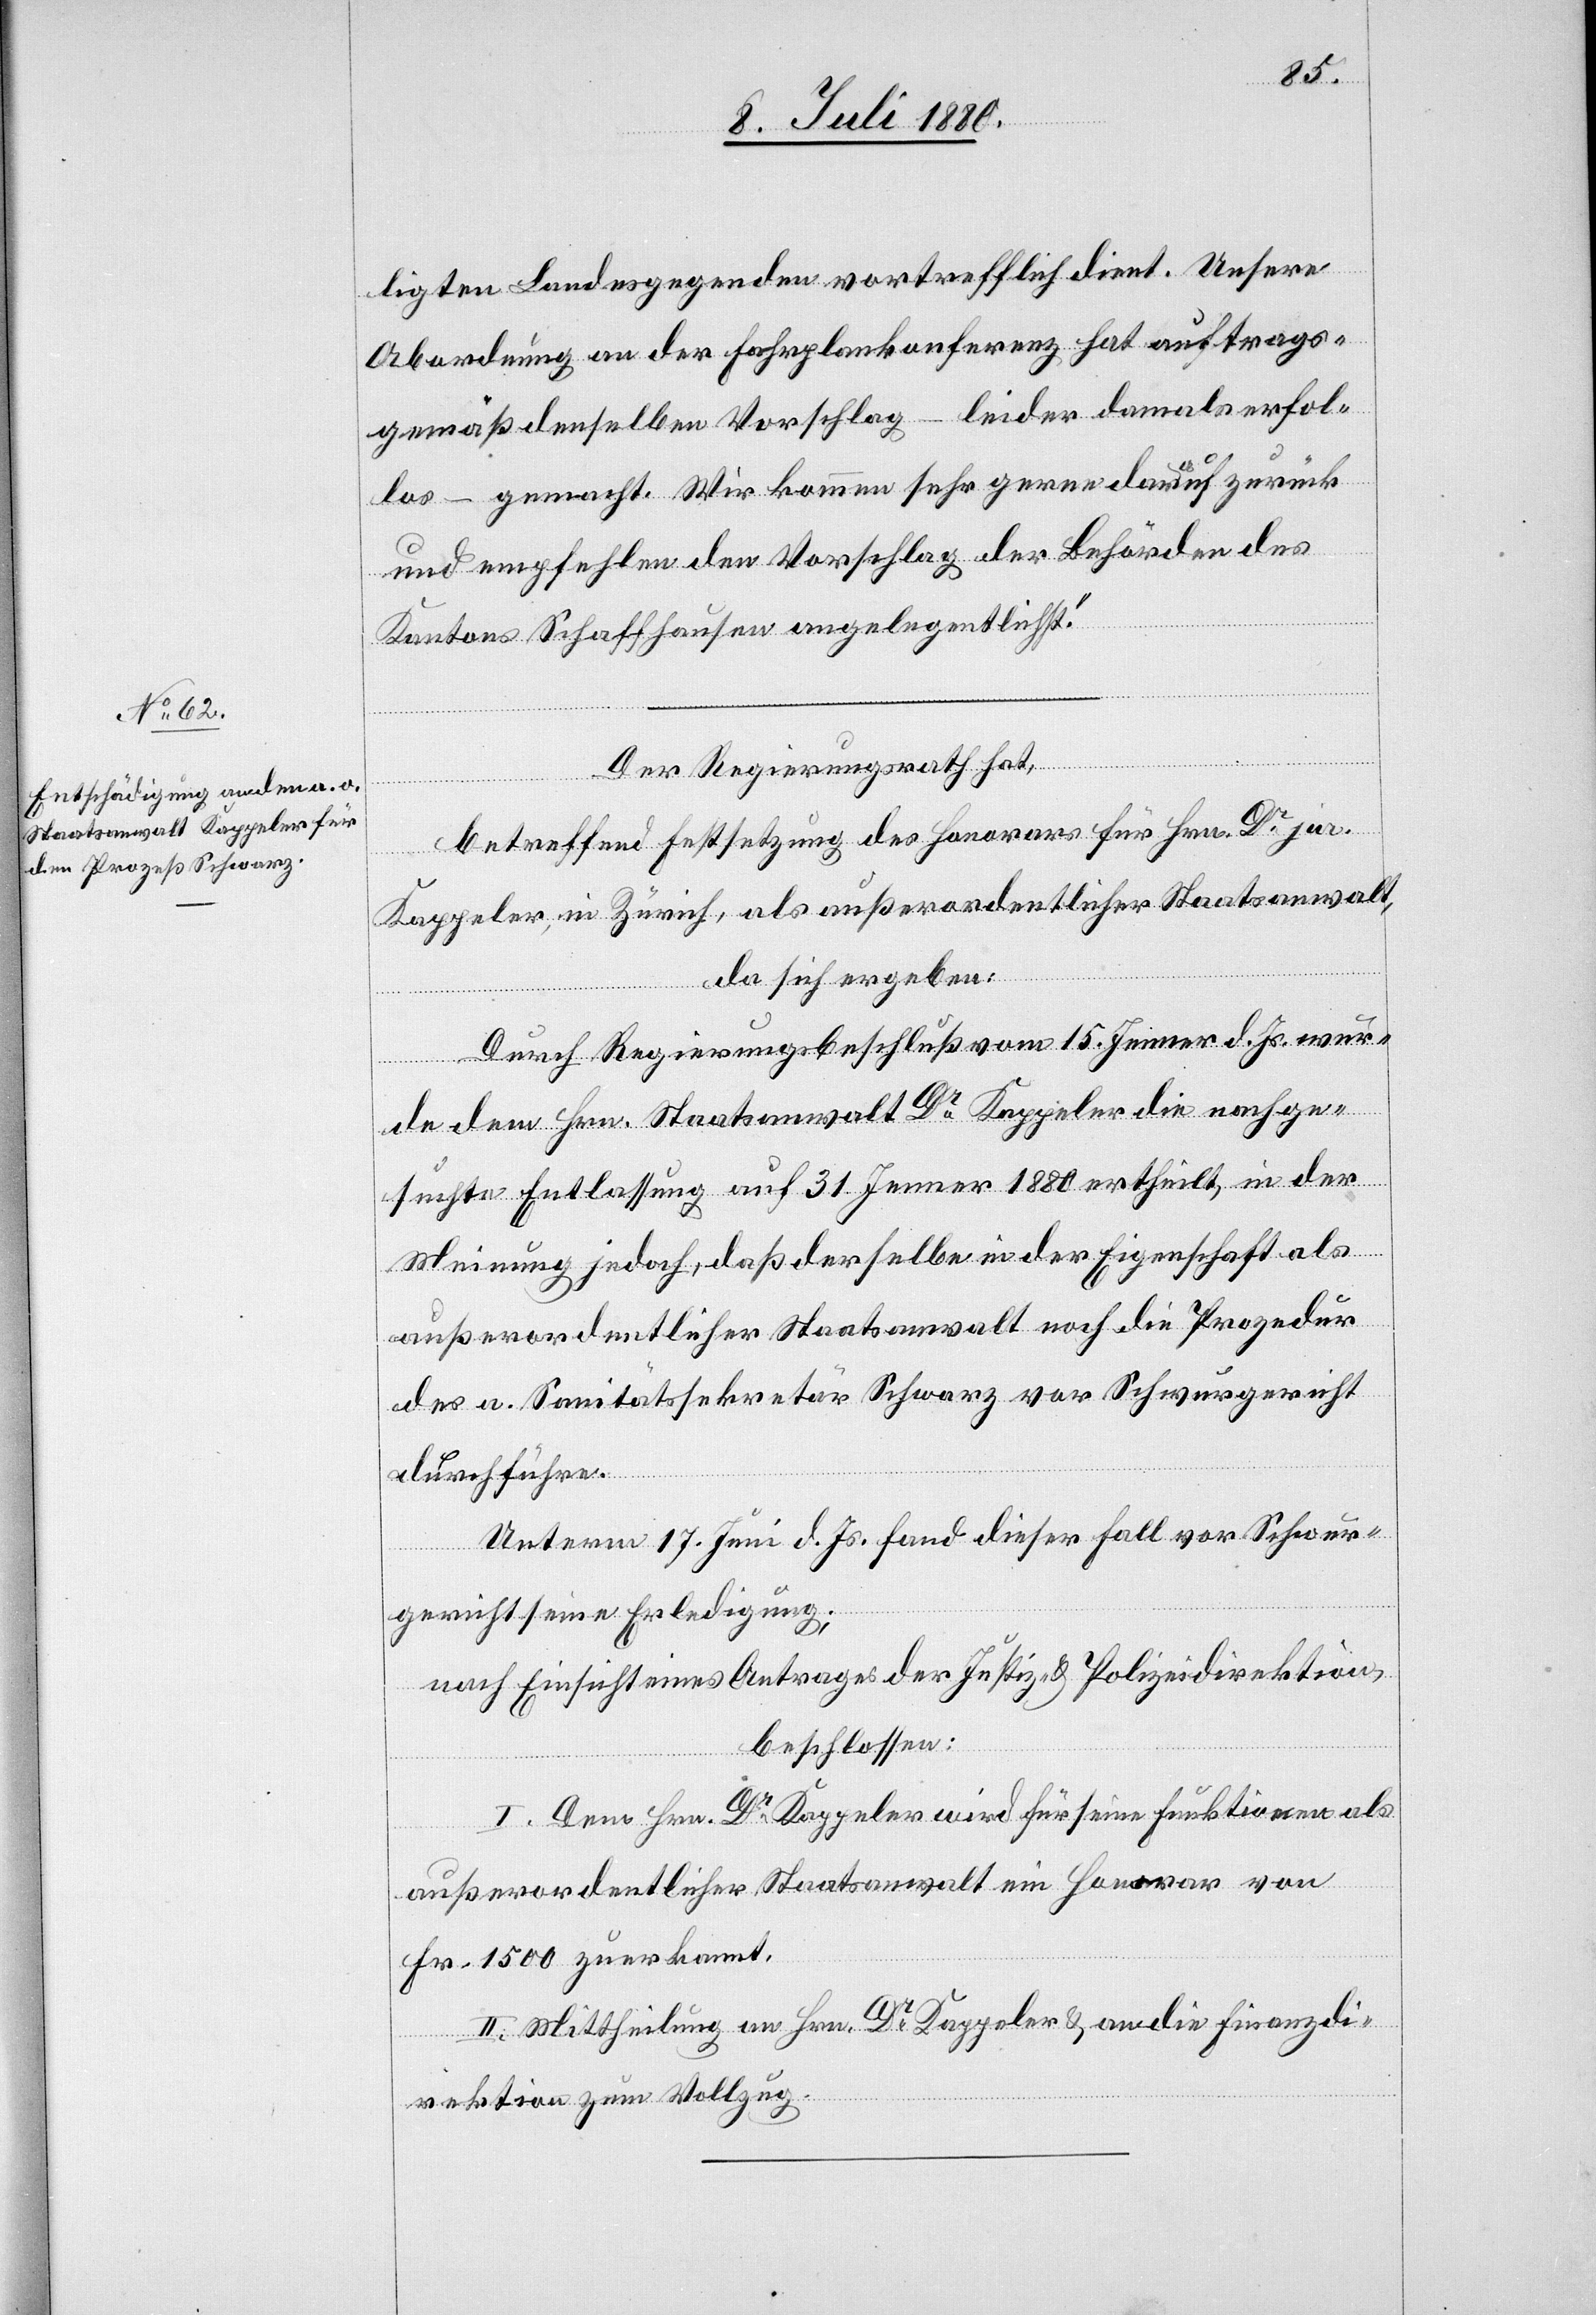
ligten Landesgegenden vortrefflich dient. Unsere
Abordnung an der Fahrplankonferenz hat auftrags¬
gemäß denselben Vorschlag – leider damals erfolg¬
los – gemacht. Wir kommen sehr gerne darauf zurück
und empfehlen den Vorschlag der Behörden des
Kantons Schaffhausen angelegentlichst.“
Der Regierungsrath hat,
betreffend Festsetzung des Honorars für Hrn. Dr jur.
Kappeler, in Zürich, als außerordentlicher Staatsanwalt,
da sich ergeben:
Durch Regierungsbeschluß vom 15. Jenner d. Js. wur¬
de dem Hrn. Staatsanwalt Dr Kappeler die nachge¬
suchte Entlassung auf 31. Jenner 1880 erheilt, in der
Meinung jedoch, daß derselbe in der Eigenschaft als
außerordentlicher Staatsanwalt noch die Prozedur
des a. Sanitätssekretär Schwarz vor Schwurgericht
durchführe.
Unterm 17. Juni d. Js. fand dieser Fall vor Schwur¬
gericht seine Erledigung;
nach Einsicht eines Antrages der Justiz- &Polizeidirektion,
beschlossen:
I. Dem Hrn. Dr Kappeler wird für seine Funktion als
außerordentlicher Staatsanwalt ein Honorar von
Fr. 1500 zuerkannt.
II. Mittheilung an Hrn. Dr Kappeler & an die Finanzdi¬
rektion zum Vollzug.